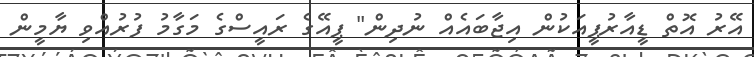
އޭރު އޮތް ޑީއާރުޕީއަކުން އިޖާބައެއް ނުދިން" ޕީއޭގެ ރައީސްގެ މަގާމު ފުރުއްވި ޔާމީން